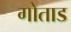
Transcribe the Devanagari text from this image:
गोताड